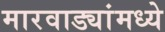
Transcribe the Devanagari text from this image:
मारवाड्यांमध्ये